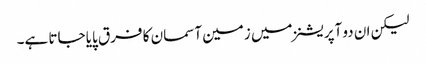
لیکن ان دو آپریشنز میں زمین آسمان کا فرق پایا جاتا ہے۔